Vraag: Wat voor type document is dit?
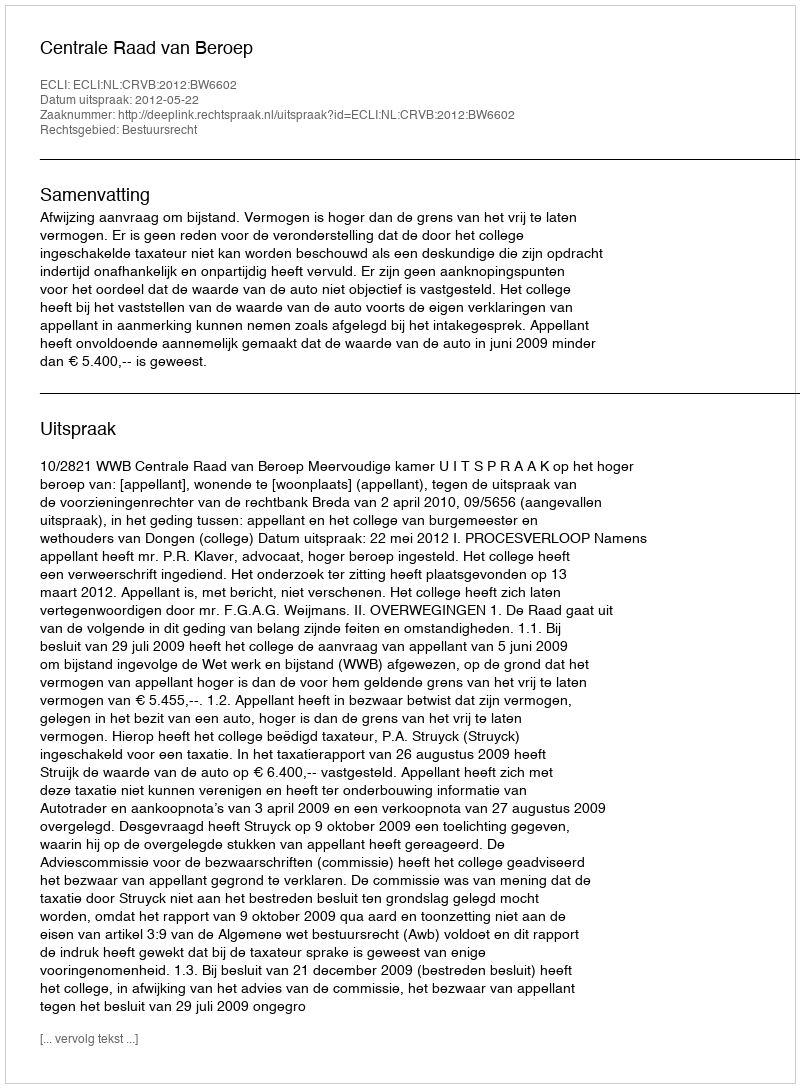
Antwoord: Uitspraak